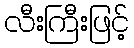
လီးကြီးဖြင့်